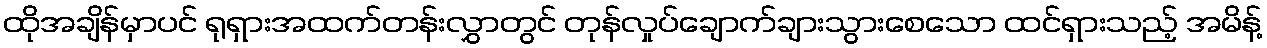
ထိုအချိန်မှာပင် ရုရှားအထက်တန်းလွှာတွင် တုန်လှုပ်ချောက်ချားသွားစေသော ထင်ရှားသည့် အမိန့်